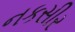
નકસીર